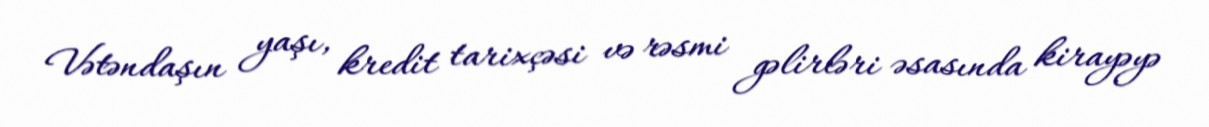
Vətəndaşın yaşı, kredit tarixçəsi və rəsmi gəlirləri əsasında kirayəyə